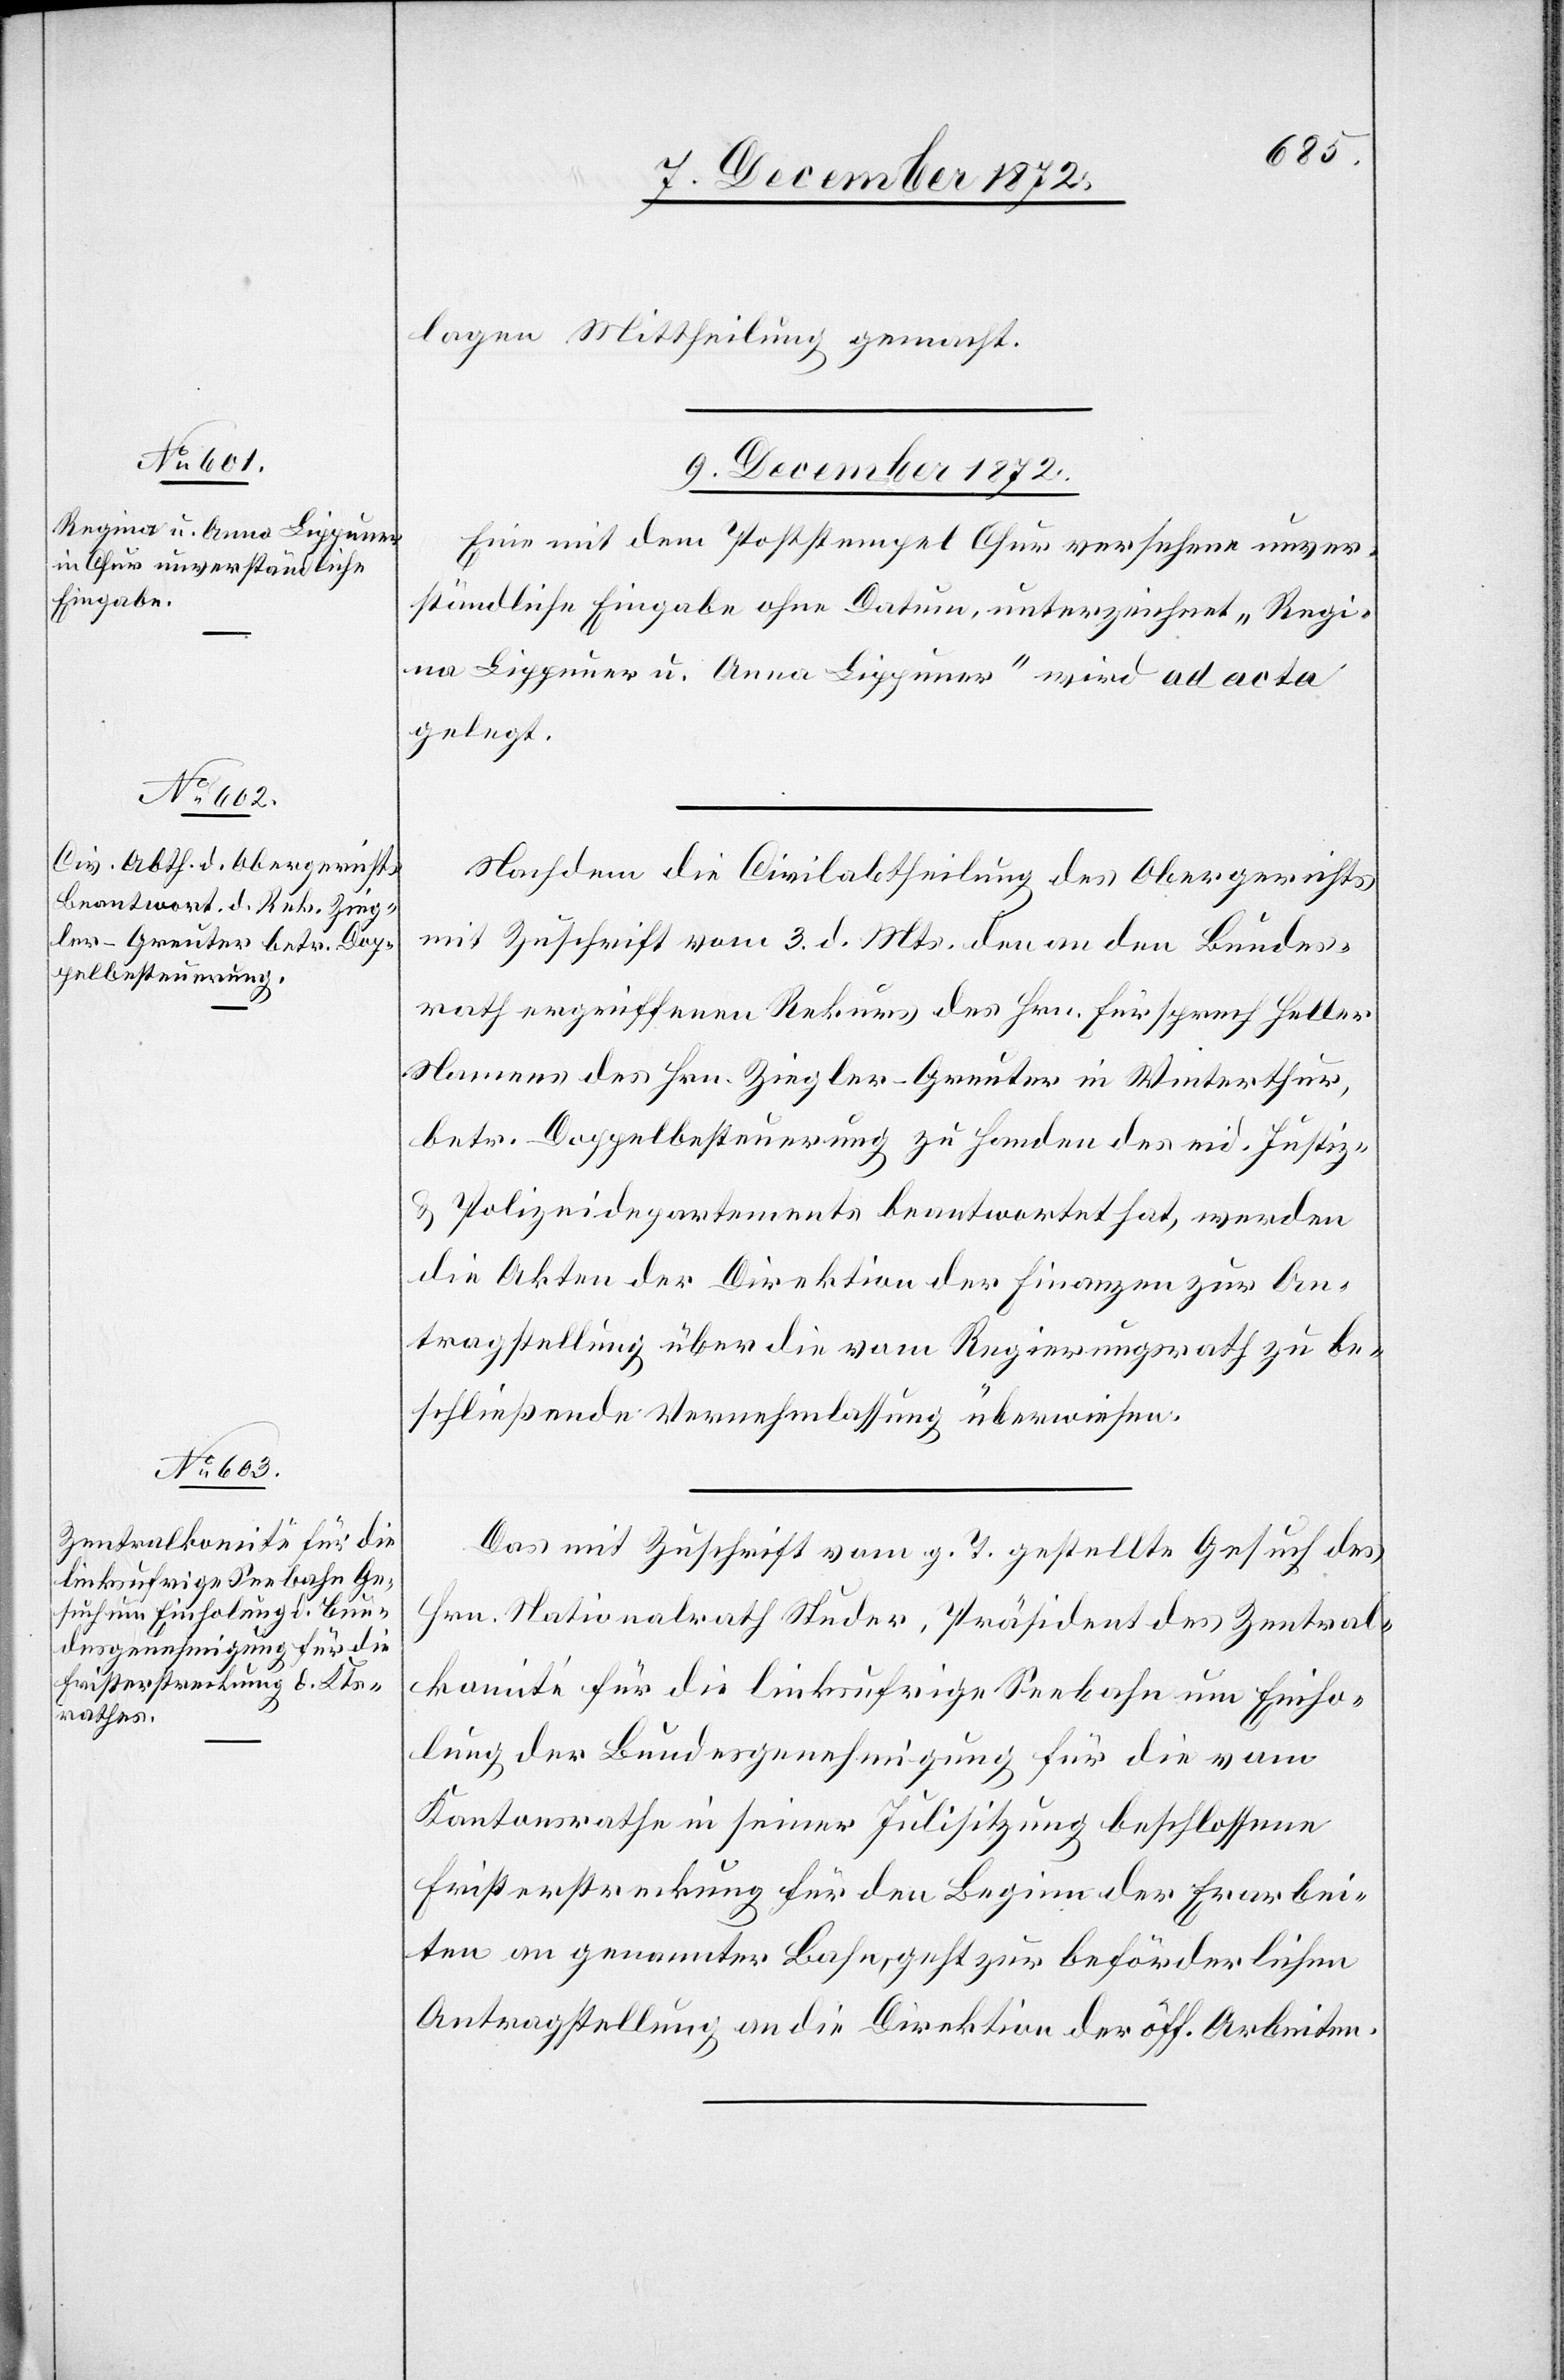
lagen Mittheilung gemacht.
9. December 1872.]
Eine mit dem Poststempel Chur versehene unver¬
ständliche Eingabe ohne Datum, unterzeichnet „Regi¬
na Lippuner u. Anna Lippuner“ wird ad acta
gelegt.
Nachdem die Civilabtheilung des Obergerichts
mit Zuschrift vom 3. d. Mts. den an den Bundes¬
rath ergriffenen Rekurs des Hrn. Fürsprech Heller
Namens des Hrn. Ziegler-Greuter in Winterthur
betr. Doppelbesteuerung zu Handen des eid. Justiz-
u.
Polizeidepartements beantwortet hat, werden
die Akten der Direktion der Finanzen zur An¬
tragstellung über die vom Regierungsrath zu be¬
schließende Vernehmlassung überwiesen.
Das mit Zuschrift vom g. T. gestellte Gesuch des
Hrn. Nationalrath Studer, Präsident des Zentral¬
komité für die linksufrige Seebahn um Einho¬
lung der Bundesgenehmigung für die vom
Kantonsrathe in seiner Julisitzung beschlossene
Fristerstreckung für den Beginn der Er[d]arbei¬
ten an genannter Bahn, geht zur beförderlichen
Antragstellung an die Direktion der öff. Arbeiten.